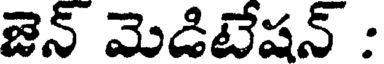
జెన్ మెడిటేషన్ :